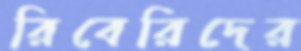
রিবেরিদের